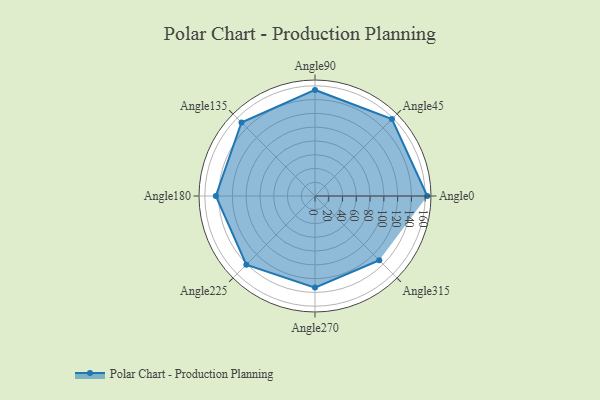
{"axis": {"x": "Angle", "y": "Radius"}, "legend": [""], "data": [{"x": "Angle0", "y": 163.0, "type": ""}, {"x": "Angle45", "y": 158.0, "type": ""}, {"x": "Angle90", "y": 154.0, "type": ""}, {"x": "Angle135", "y": 151.0, "type": ""}, {"x": "Angle180", "y": 144.0, "type": ""}, {"x": "Angle225", "y": 141.0, "type": ""}, {"x": "Angle270", "y": 133.0, "type": ""}, {"x": "Angle315", "y": 132.0, "type": ""}]}